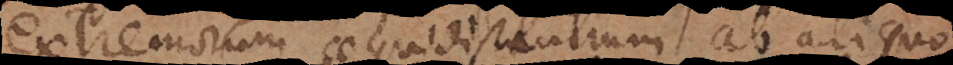
extremorum aequidistantium ab aliquo